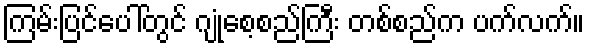
ကြမ်းပြင်ပေါ်တွင် ဂျုံစေ့စည်ကြီး တစ်စည်က ပက်လက်။